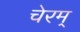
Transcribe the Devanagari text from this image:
चेरम्